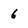
Character: 6